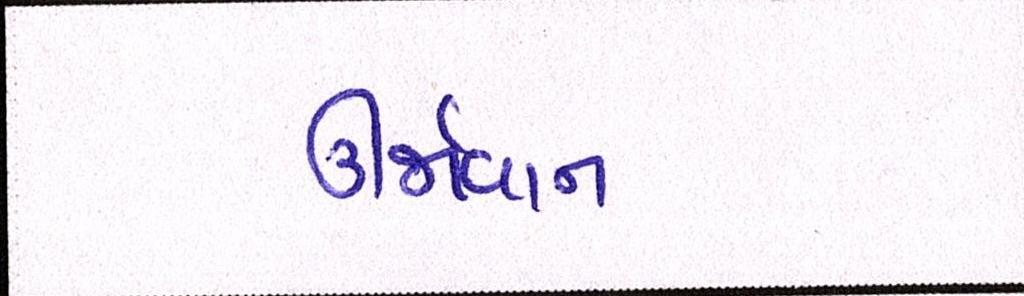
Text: ઊર્જાવાન